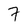
Character: 7